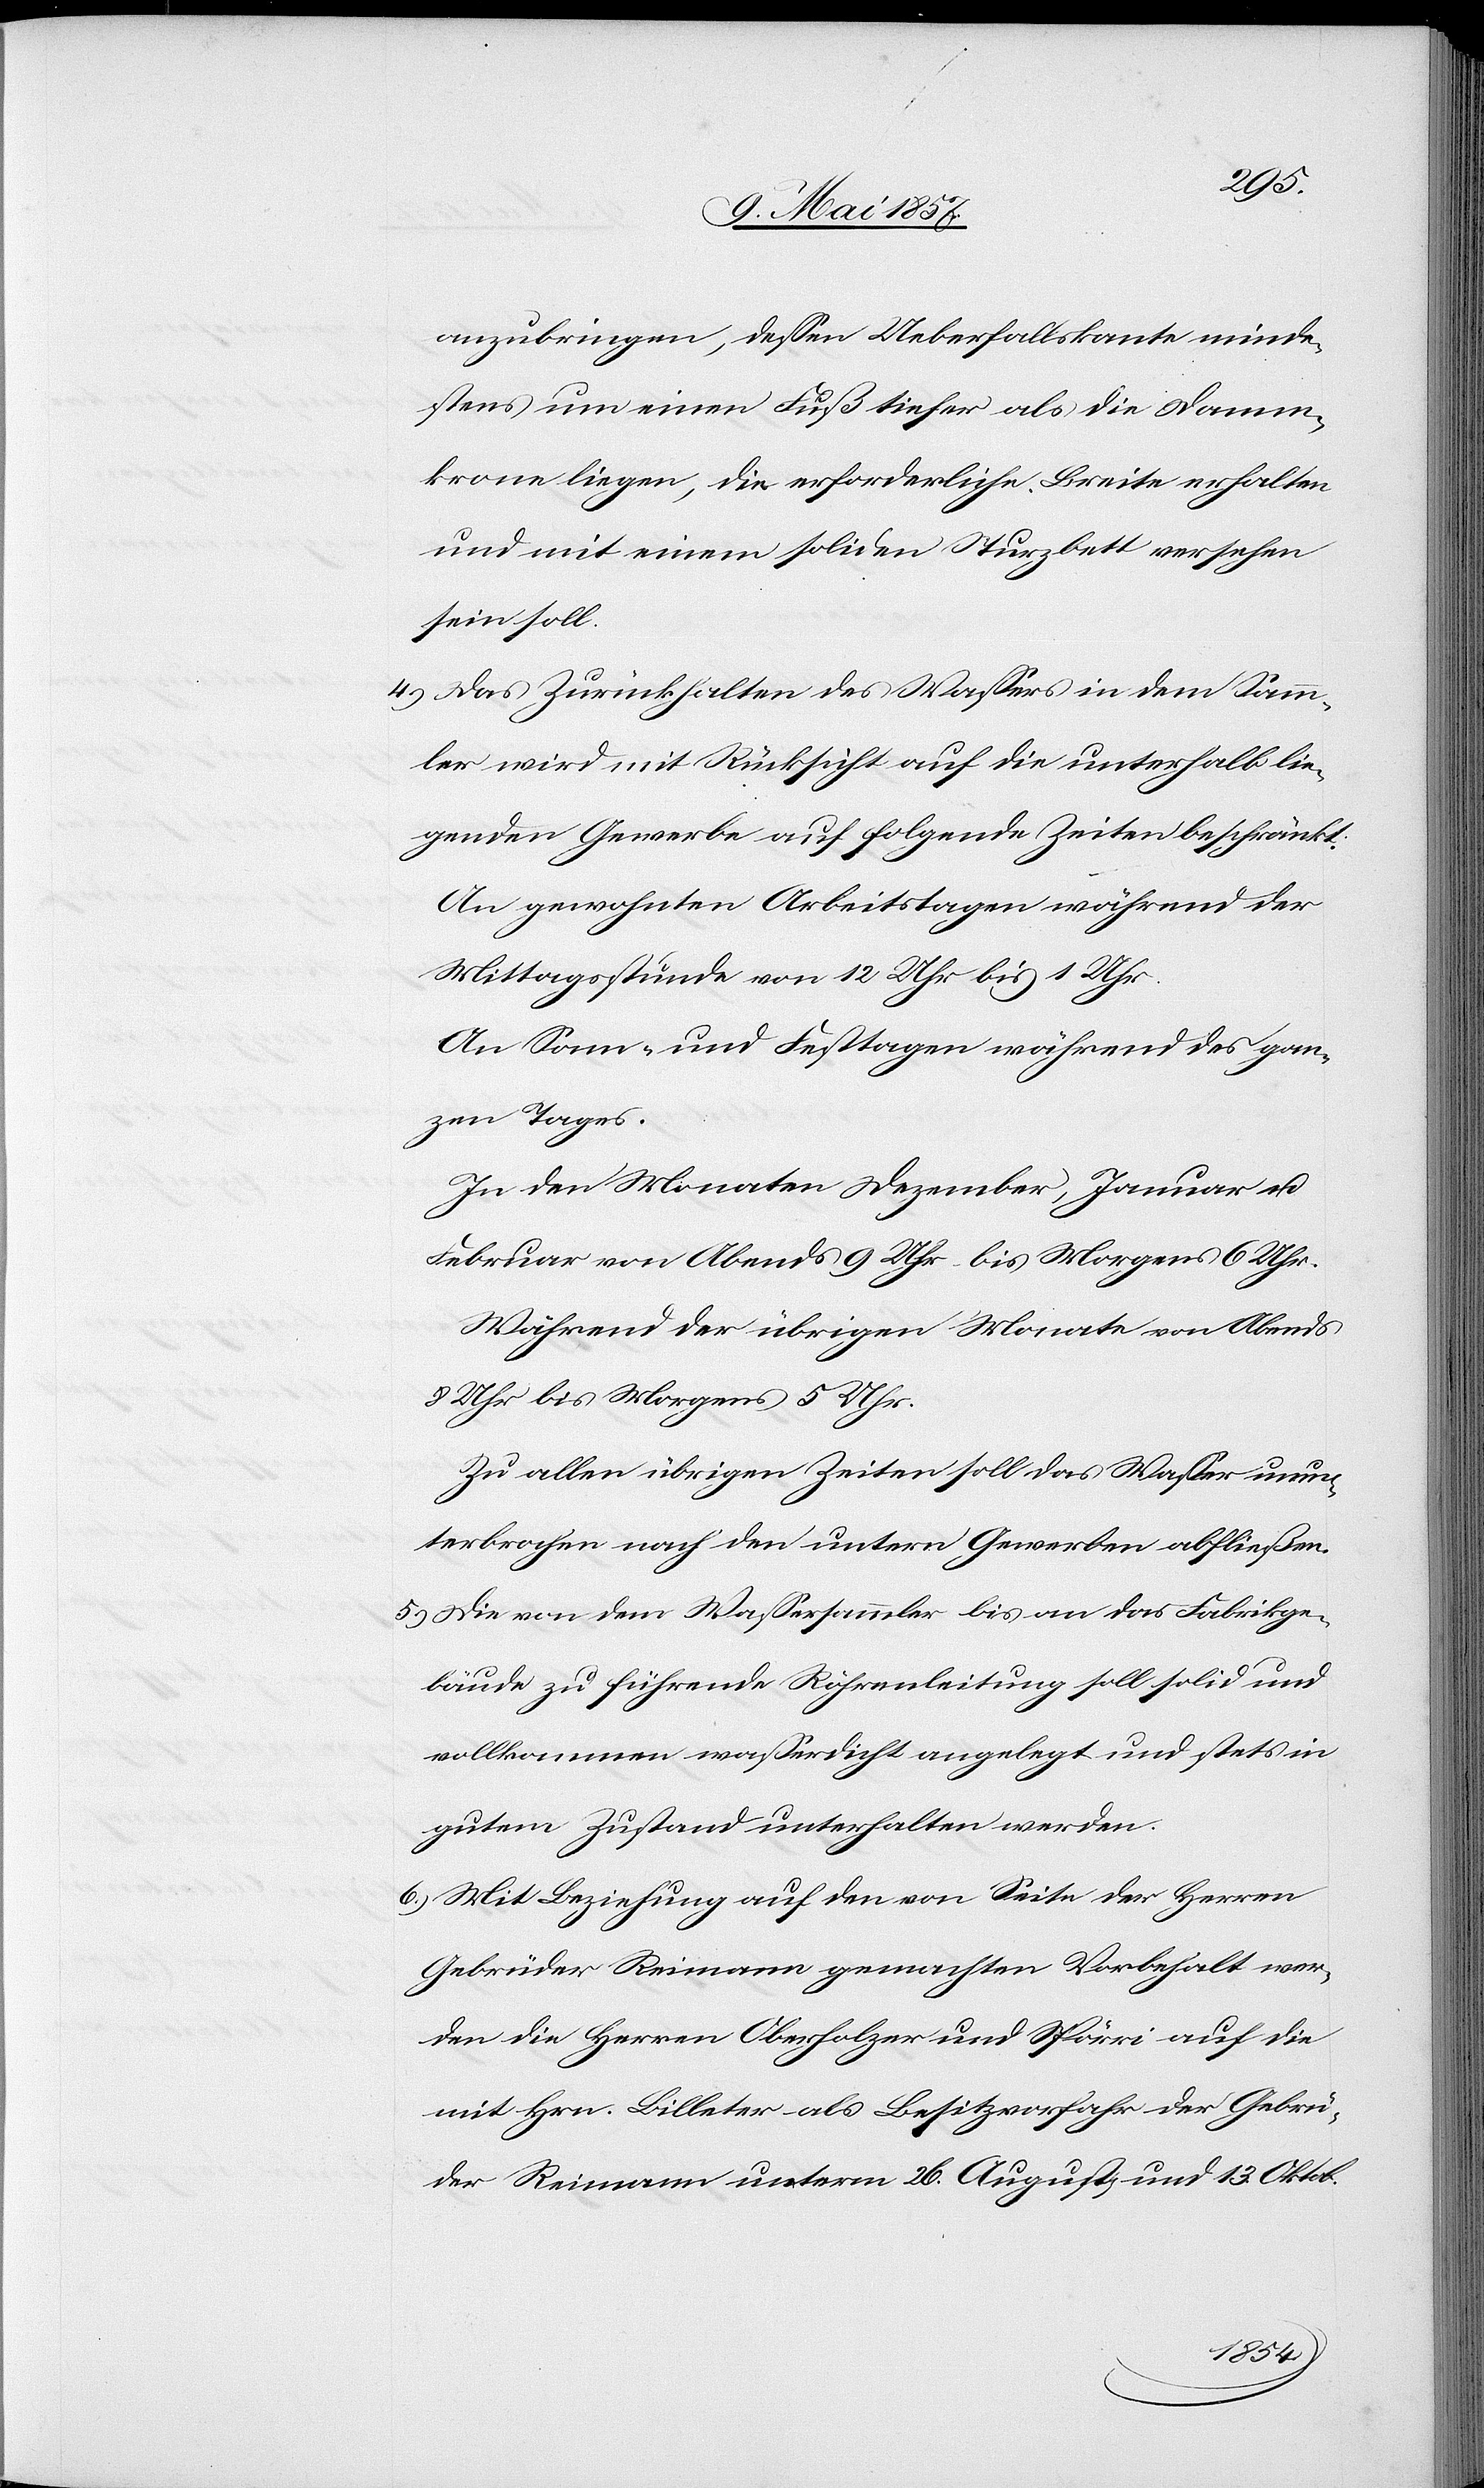
anzubringen, dessen Ueberfallkante minde¬
stens um einen Fuß tiefer als die Damm¬
krone liegen, die erforderliche Breite erhalten
und mit einem soliden Sturzbett versehen
4.) Das Zurückhalten des Wassers in dem Samm¬
ler wird mit Rücksicht auf die unterhalb lie¬
genden Gewerbe auf folgende Zeiten beschränkt:
An gewohnten Arbeitstagen während der
Mittagsstunde von 12 Uhr bis 1 Uhr.
An Sonn- und Festtagen während des gan¬
zen Tages.
In den Monaten Dezember, Januar u.
Februar von Abends 9 Uhr bis Morgens 6 Uhr.
Während der übrigen Monate von Abends
8 Uhr bis Morgens 5 Uhr.
Zu allen übrigen Zeiten soll das Wasser unun¬
terbrochen nach den untern Gewerben abfließen.
5.) Die von dem Wassersammler bis an das Fabrikge¬
bäude zu führende Röhrenleitung soll solid und
vollkommen wasserdicht angelegt und stets in
gutem Zustand unterhalten werden.
6.) Mit Beziehung auf den von Seite der Herren
Gebrüder Reimann gemachten Vorbehalt wer¬
den die Herren Oberholzer und Spörri auf die
mit Hrn. Billeter als Besitzvorfahr der Gebrü¬
der Reimann unterm 26 August und 13 Oktob.
soll.